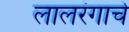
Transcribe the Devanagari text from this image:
लालरंगाचे